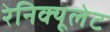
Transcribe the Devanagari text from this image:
रेनिक्यूलेट